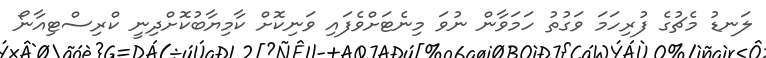
ލަނޑު މެޗުގެ ފުރިހަމަ ވަގުތު ހަމަވާން ނުވަ މިނެޓަށްވެފައި ވަނިކޮށް ކާމިިޔާބުކޮށްދިނީ ކްރިސްޓިއާނޯ